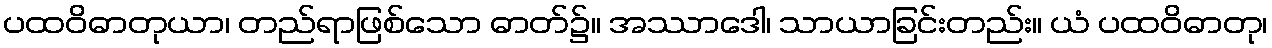
ပထဝိဓာတုယာ၊ တည်ရာဖြစ်သော ဓာတ်၌။ အဿာဒေါ၊ သာယာခြင်းတည်း။ ယံ ပထဝိဓာတု၊